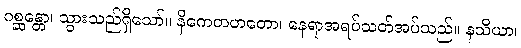
ဂစ္ဆန္တော၊ သွားသည်ရှိသော်။ နိကေတဟတော၊ နေရာအရပ်သတ်အပ်သည်။ နသိယာ၊